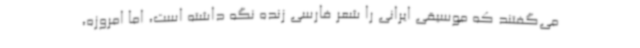
می‌گفتند که موسیقی ایرانی را شعر فارسی زنده نگه داشته است، اما امروزه،